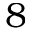
8